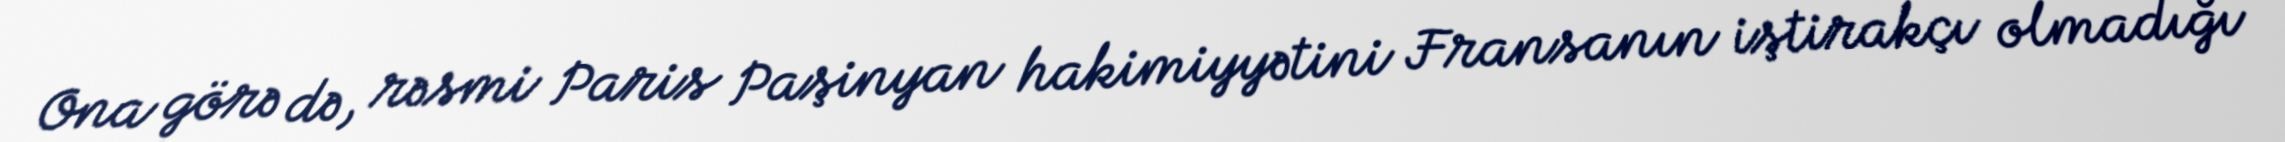
Ona görə də, rəsmi Paris Paşinyan hakimiyyətini Fransanın iştirakçı olmadığı